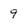
Character: 9